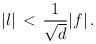
LaTeX: \begin{align*}\vert l \vert \, < \, {1 \over {\sqrt{d}}} \vert f \vert \,.\end{align*}